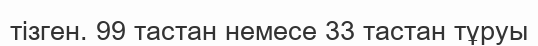
тізген. 99 тастан немесе 33 тастан тұруы